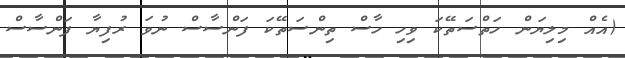
(އެއް މިލިޔަން ހަތްސަތޭކަ ވިހި ހާސް ތިންސަތޭކަ ފަންސާސް ނުވަ ރުފިޔާ ފަންސާސް